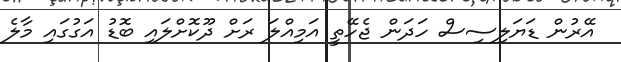
އޭރުން ޑަޔަލިސިސް ހަދަން ޖެހޭތީ އަމިއްލަ ރަށް ދޫކޮށްލައި ބޮޑު އަގުގައި މާލެ